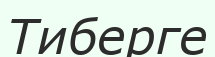
Тиберге